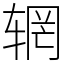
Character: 辋